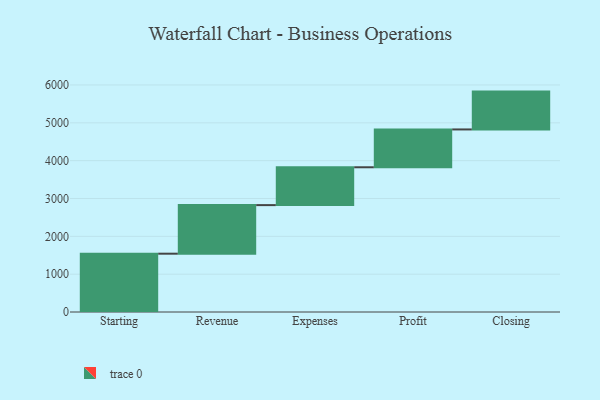
{"axis": {"x": "Step", "y": "Value"}, "legend": [""], "data": [{"x": "Starting", "y": 1541.0, "type": ""}, {"x": "Revenue", "y": 1284.0, "type": ""}, {"x": "Expenses", "y": 1000, "type": ""}, {"x": "Profit", "y": 1000, "type": ""}, {"x": "Closing", "y": 1000, "type": ""}]}